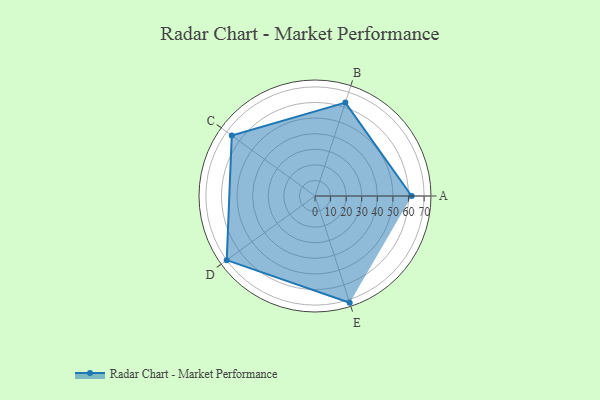
{"axis": {"x": "Skill", "y": "Score"}, "legend": ["Profile"], "data": [{"x": "A", "y": 62.0, "type": "Profile"}, {"x": "B", "y": 63.0, "type": "Profile"}, {"x": "C", "y": 66.0, "type": "Profile"}, {"x": "D", "y": 70.0, "type": "Profile"}, {"x": "E", "y": 72.0, "type": "Profile"}]}